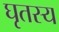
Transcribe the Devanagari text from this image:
घृतस्य